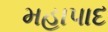
મહાપાદ